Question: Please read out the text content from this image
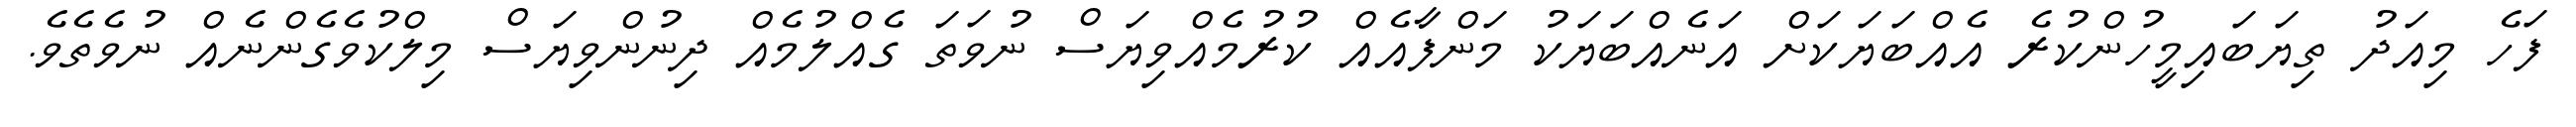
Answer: ފަހެ މިއަދު ތިޔަބައިމީހުންކުރެ އެއްބަޔަކަށް އަނެއްބަޔަކު މަންފާއެއް ކުރުމެއްވިޔަސް ނުވަތަ ގެއްލުމެއް ދިނުންވިޔަސް މިލްކުވެގެންނެއް ނުވެތެވެ.